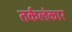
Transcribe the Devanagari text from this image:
तर्कलंकार